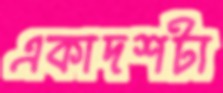
একাদশটা